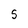
Character: S